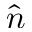
\hat { n }